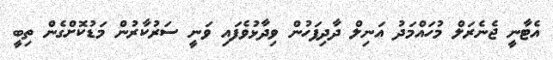
އެޓާނީ ޖެނެރަލް މުހައްމަދު އަނިލް ދާދިފަހުން ވިދާޅުވެފައި ވަނީ ސަރުކާރުން މަޑުކޮށްގެން ތިބީ